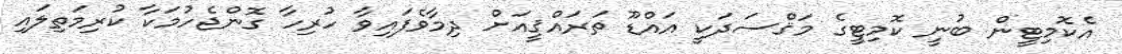
އެކޮމިޓީން ބުނީ ކޮމިޓީގެ މަޤްސަދަކީ އައްޑޫ ތަރައްޤީއަށް ދިމާވެފައިވާ ހުރިހާ ގޮންޖެހުމަކާ ކުރިމަތިލައި